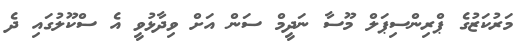
މަރުކަޒުގެ ޕްރިންސިޕަލް މޫސާ ނަދީމް ސަން އަށް ވިދާޅުވީ އެ ސްކޫލުގައި ދެ